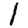
Digit: 1